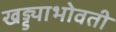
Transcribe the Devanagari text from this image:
खड्ड्याभोवती